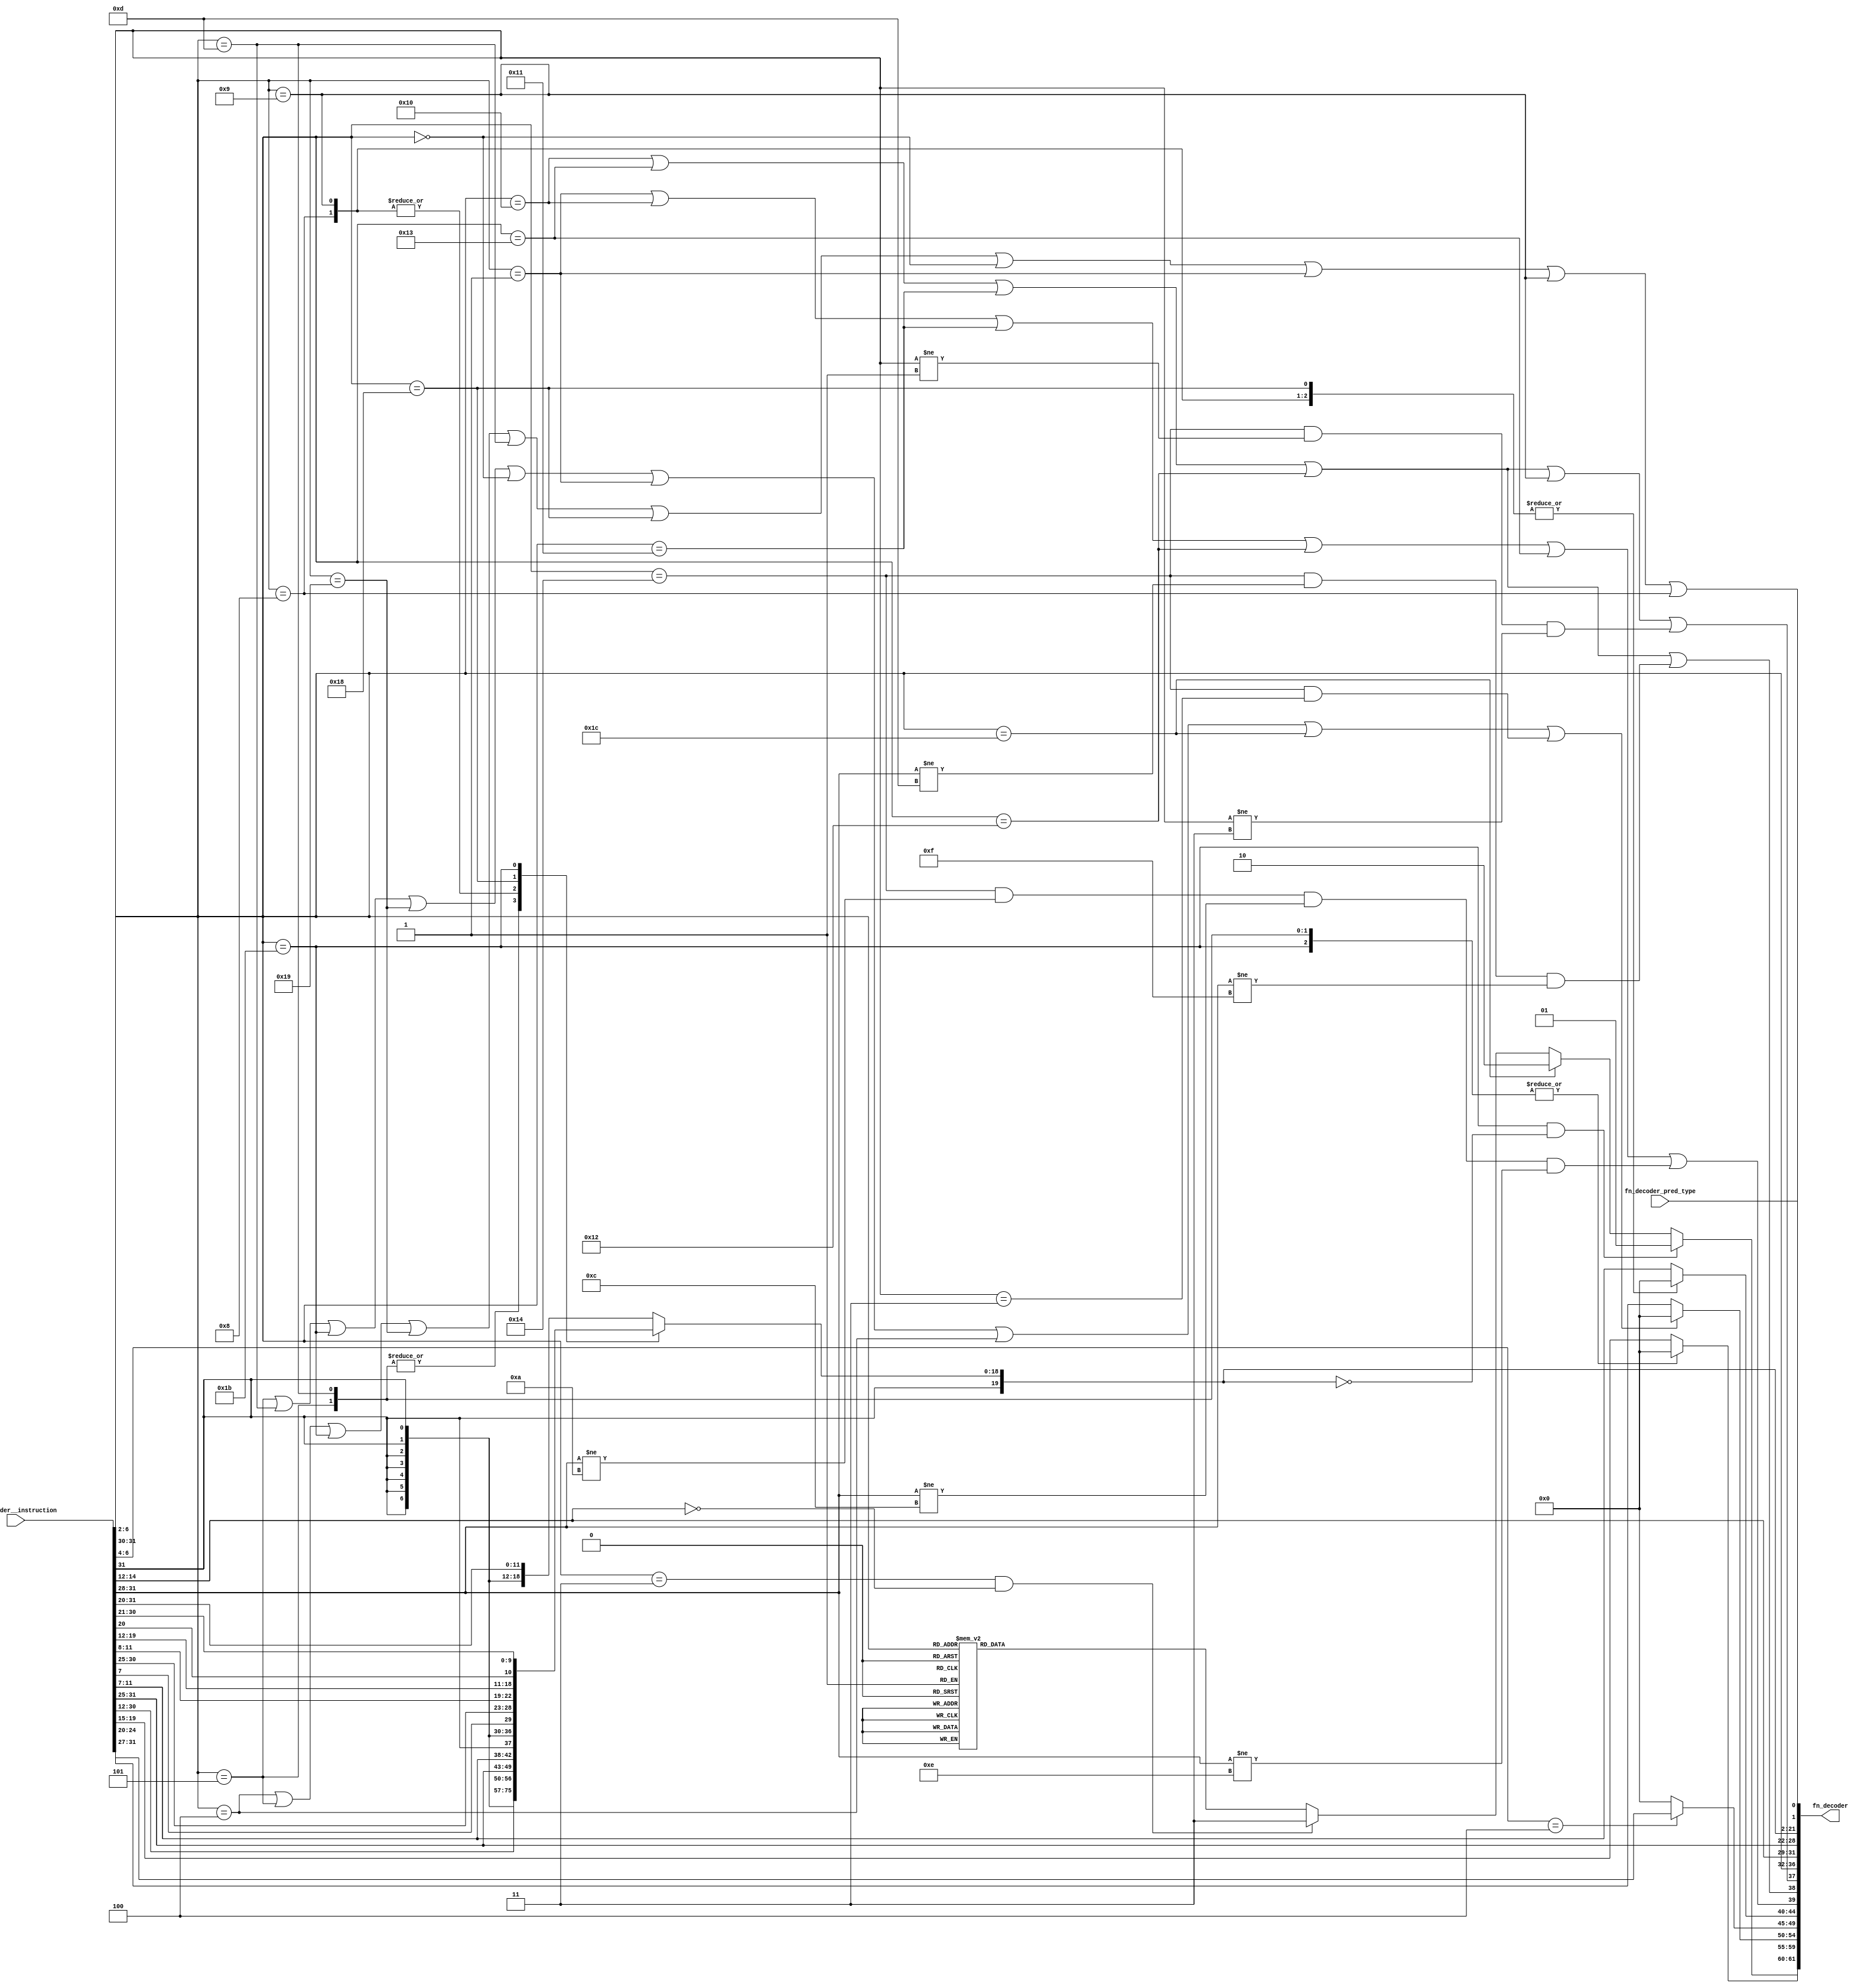
//
// Generated by Bluespec Compiler, version 2016.07.beta1 (build 34806, 2016-07-05)
//
// On Tue Mar 28 10:39:07 IST 2017
//
//
// Ports:
// Name                         I/O  size props
// fn_decoder                     O    62
// fn_decoder__instruction        I    32
// fn_decoder_pred_type           I     1
//
// Combinational paths from inputs to outputs:
//   (fn_decoder__instruction, fn_decoder_pred_type) -> fn_decoder
//
//

`ifdef BSV_ASSIGNMENT_DELAY
`else
  `define BSV_ASSIGNMENT_DELAY
`endif

`ifdef BSV_POSITIVE_RESET
  `define BSV_RESET_VALUE 1'b1
  `define BSV_RESET_EDGE posedge
`else
  `define BSV_RESET_VALUE 1'b0
  `define BSV_RESET_EDGE negedge
`endif

module module_fn_decoder(fn_decoder__instruction,
			 fn_decoder_pred_type,
			 fn_decoder);
  // value method fn_decoder
  input  [31 : 0] fn_decoder__instruction;
  input  fn_decoder_pred_type;
  output [61 : 0] fn_decoder;

  // signals for module outputs
  wire [61 : 0] fn_decoder;

  // remaining internal signals
  reg [19 : 0] _theResult_____10__h31;
  reg [4 : 0] x__h500, x__h698;
  reg [1 : 0] CASE_fn_decoder__instruction_BITS_6_TO_2_0b0_0_ETC__q2;
  wire [19 : 0] immediate_value___1__h111,
		immediate_value___1__h197,
		immediate_value___1__h300,
		immediate_value__h27;
  wire [11 : 0] fn_decoder__instruction_BITS_31_TO_20__q1, x__h201, x__h303;
  wire [4 : 0] x__h542, x__h655;

  // value method fn_decoder
  assign fn_decoder =
	     { (fn_decoder__instruction[6:2] == 5'b11011 &&
		_theResult_____10__h31 == 20'd0) ?
		 2'd1 :
		 ((fn_decoder__instruction[6:2] == 5'b11100) ?
		    2'd2 :
		    ((fn_decoder__instruction[6:2] == 5'b00011 &&
		      fn_decoder__instruction[14:12] == 3'b0) ?
		       2'd3 :
		       CASE_fn_decoder__instruction_BITS_6_TO_2_0b0_0_ETC__q2)),
	       x__h500,
	       x__h542,
	       x__h655,
	       x__h698,
	       fn_decoder__instruction[6:2] == 5'b00001 ||
	       fn_decoder__instruction[6:2] == 5'b10000 ||
	       fn_decoder__instruction[6:2] == 5'b10001 ||
	       fn_decoder__instruction[6:2] == 5'b10010 ||
	       fn_decoder__instruction[6:2] == 5'b10011 ||
	       fn_decoder__instruction[6:2] == 5'b10100 &&
	       fn_decoder__instruction[31:28] != 4'b1010 &&
	       fn_decoder__instruction[31:28] != 4'b1100 &&
	       fn_decoder__instruction[31:28] != 4'b1110,
	       fn_decoder__instruction[6:2] == 5'b10000 ||
	       fn_decoder__instruction[6:2] == 5'b10011 ||
	       fn_decoder__instruction[6:2] == 5'b10001 ||
	       fn_decoder__instruction[6:2] == 5'b10010 ||
	       fn_decoder__instruction[6:2] == 5'b10100 &&
	       fn_decoder__instruction[31:28] != 4'b1101 &&
	       fn_decoder__instruction[31:28] != 4'b1111,
	       fn_decoder__instruction[6:2] == 5'b10000 ||
	       fn_decoder__instruction[6:2] == 5'b10011 ||
	       fn_decoder__instruction[6:2] == 5'b10001 ||
	       fn_decoder__instruction[6:2] == 5'b10010 ||
	       fn_decoder__instruction[6:2] == 5'b01001 ||
	       fn_decoder__instruction[6:2] == 5'b10100 &&
	       fn_decoder__instruction[31:30] != 2'b01 &&
	       fn_decoder__instruction[31:30] != 2'b11,
	       fn_decoder__instruction[6:2],
	       fn_decoder__instruction[14:12],
	       fn_decoder__instruction[31:25],
	       _theResult_____10__h31,
	       fn_decoder__instruction[6:2] == 5'b00100 ||
	       fn_decoder__instruction[6:2] == 5'b00101 ||
	       fn_decoder__instruction[6:2] == 5'b11011 ||
	       fn_decoder__instruction[6:2] == 5'b11001 ||
	       fn_decoder__instruction[6:2] == 5'b01101 ||
	       fn_decoder__instruction[6:2] == 5'b11000 ||
	       fn_decoder__instruction[6:2] == 5'b0 ||
	       fn_decoder__instruction[6:2] == 5'b00001 ||
	       fn_decoder__instruction[6:2] == 5'b01001 ||
	       fn_decoder__instruction[6:2] == 5'b01000,
	       fn_decoder_pred_type } ;

  // remaining internal signals
  assign fn_decoder__instruction_BITS_31_TO_20__q1 =
	     fn_decoder__instruction[31:20] ;
  assign immediate_value___1__h111 =
	     { fn_decoder__instruction[31],
	       fn_decoder__instruction[19:12],
	       fn_decoder__instruction[20],
	       fn_decoder__instruction[30:21] } ;
  assign immediate_value___1__h197 = { {8{x__h201[11]}}, x__h201 } ;
  assign immediate_value___1__h300 = { {8{x__h303[11]}}, x__h303 } ;
  assign immediate_value__h27 =
	     { {8{fn_decoder__instruction_BITS_31_TO_20__q1[11]}},
	       fn_decoder__instruction_BITS_31_TO_20__q1 } ;
  assign x__h201 =
	     { fn_decoder__instruction[31],
	       fn_decoder__instruction[7],
	       fn_decoder__instruction[30:25],
	       fn_decoder__instruction[11:8] } ;
  assign x__h303 =
	     { fn_decoder__instruction[31:25],
	       fn_decoder__instruction[11:7] } ;
  assign x__h542 =
	     (fn_decoder__instruction[6:2] == 5'b00101 ||
	      fn_decoder__instruction[6:2] == 5'b01101 ||
	      fn_decoder__instruction[6:2] == 5'b11011 ||
	      fn_decoder__instruction[6:2] == 5'b11001 ||
	      fn_decoder__instruction[6:2] == 5'b0 ||
	      fn_decoder__instruction[6:2] == 5'b00001 ||
	      fn_decoder__instruction[6:2] == 5'b00100 ||
	      fn_decoder__instruction[6:2] == 5'b11100 ||
	      fn_decoder__instruction[6:2] == 5'b10100 &&
	      fn_decoder__instruction[31:30] == 2'b11) ?
	       5'd0 :
	       fn_decoder__instruction[24:20] ;
  assign x__h655 =
	     (fn_decoder__instruction[6:4] == 3'b100) ?
	       fn_decoder__instruction[31:27] :
	       5'd0 ;
  always@(fn_decoder__instruction)
  begin
    case (fn_decoder__instruction[6:2])
      5'b00101, 5'b01101, 5'b11011: x__h500 = 5'd0;
      default: x__h500 = fn_decoder__instruction[19:15];
    endcase
  end
  always@(fn_decoder__instruction)
  begin
    case (fn_decoder__instruction[6:2])
      5'b01000, 5'b01001, 5'b11000: x__h698 = 5'd0;
      default: x__h698 = fn_decoder__instruction[11:7];
    endcase
  end
  always@(fn_decoder__instruction or
	  immediate_value__h27 or
	  immediate_value___1__h300 or
	  immediate_value___1__h197 or immediate_value___1__h111)
  begin
    case (fn_decoder__instruction[6:2])
      5'b00101, 5'b01101:
	  _theResult_____10__h31 = fn_decoder__instruction[31:12];
      5'b01000, 5'b01001: _theResult_____10__h31 = immediate_value___1__h300;
      5'b11000: _theResult_____10__h31 = immediate_value___1__h197;
      5'b11011: _theResult_____10__h31 = immediate_value___1__h111;
      default: _theResult_____10__h31 = immediate_value__h27;
    endcase
  end
  always@(fn_decoder__instruction)
  begin
    case (fn_decoder__instruction[6:2])
      5'b0,
      5'b00001,
      5'b00100,
      5'b00101,
      5'b01000,
      5'b01001,
      5'b01011,
      5'b01100,
      5'b01101,
      5'b10000,
      5'b10001,
      5'b10010,
      5'b10011,
      5'b10100,
      5'b11000,
      5'b11001,
      5'b11011:
	  CASE_fn_decoder__instruction_BITS_6_TO_2_0b0_0_ETC__q2 = 2'd0;
      default: CASE_fn_decoder__instruction_BITS_6_TO_2_0b0_0_ETC__q2 = 2'd1;
    endcase
  end
endmodule  // module_fn_decoder